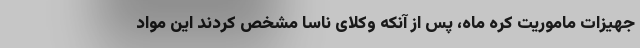
جهیزات ماموریت کره ماه، پس از آنکه وکلای ناسا مشخص کردند این مواد